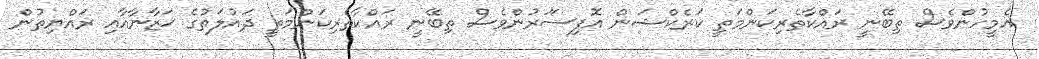
އެމީހުންވެސް ތިބޭނީ ރައްކާތެރިކަންމަތީ ކަރެކްޝަން އޮފިސަަރުންވެސް ތިބޭނީ ރައްކާތެރިކަންމަތީ ދައުލަތުގެ ޚަޒާނާއާއި ރައްޔިތުން